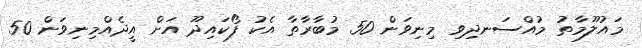
މައުލޫމާތު މުއްސަނދިވި މިނިވަން 50 މުބާރާތާ އެކު ފޯކައިދޫ އަށް އީދެއްމިނިވަން 50